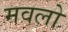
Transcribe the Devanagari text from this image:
मवलो